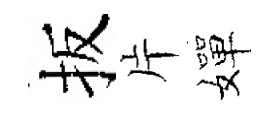
扳片嬋